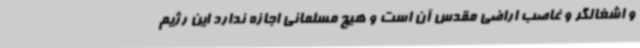
و اشغالگر و غاصب اراضی مقدس آن است و هیچ مسلمانی اجازه ندارد این رژیم